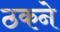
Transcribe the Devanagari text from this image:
ठकने